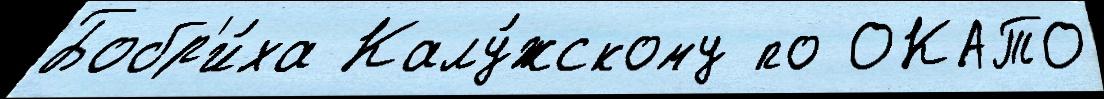
Бобр'и́ха Калу́жскому по ОКАТО